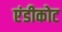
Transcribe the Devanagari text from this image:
एंडीकोट